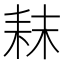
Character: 𮋥